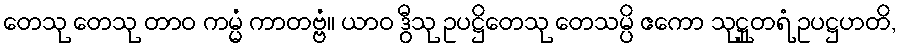
တေသု တေသု တာဝ ကမ္မံ ကာတဗ္ဗံ။ ယာဝ ဒွီသု ဥပဋ္ဌိတေသု တေသမ္ပိ ဧကော သုဋ္ဌုတရံ ဥပဋ္ဌဟတိ,